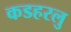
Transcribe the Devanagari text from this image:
कडहरलु